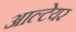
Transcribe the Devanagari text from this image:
आल्टेयर